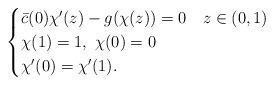
LaTeX: \begin{align*} \begin{cases} \bar c(0)\chi'(z) -g(\chi(z))=0 & z \in (0,1)\\ \chi(1)=1, \ \chi(0)=0 & \\ \chi'(0)=\chi'(1).\end{cases} \end{align*}